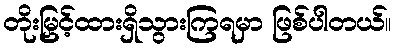
တိုးမြှင့်ထားရှိသွားကြရမှာ ဖြစ်ပါတယ်။